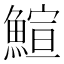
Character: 鰚